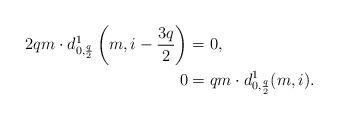
LaTeX: \begin{align*}2qm\cdot d^1_{0,\frac q2}\left(m,i-\frac{3q}2\right)&= 0,\\0&=qm\cdot d^1_{0,\frac q2}(m,i).\end{align*}